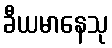
ခီယမာနေသု